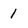
Character: 1